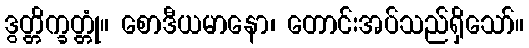
ဒွတ္တိက္ခတ္တုံ။ စောဒီယမာနော၊ တောင်းအပ်သည်ရှိသော်။